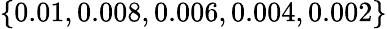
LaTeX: \{ 0.01,0.008,0.006,0.004,0.002\}